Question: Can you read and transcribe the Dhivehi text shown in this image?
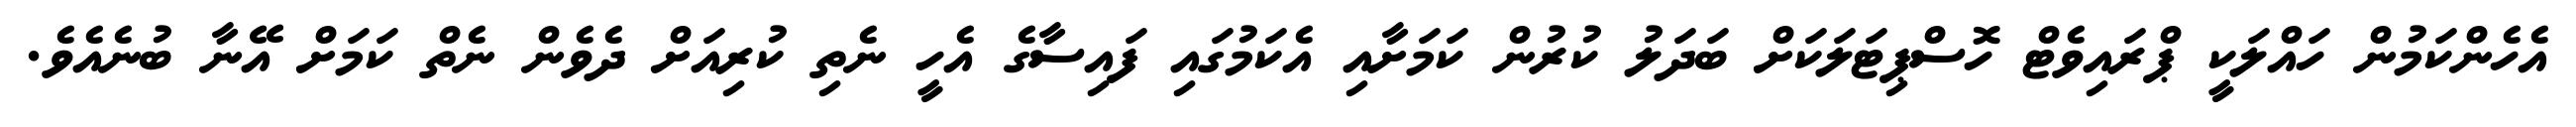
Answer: އެހެންކަމުން ހައްލަކީ ޕްރައިވެޓް ހޮސްޕިޓަލަކަށް ބަދަލު ކުރުން ކަމަށާއި އެކަމުގައި ފައިސާގެ އެހީ ނެތި ކުރިއަށް ދެވެން ނެތް ކަމަށް އޭނާ ބުނެއެވެ.